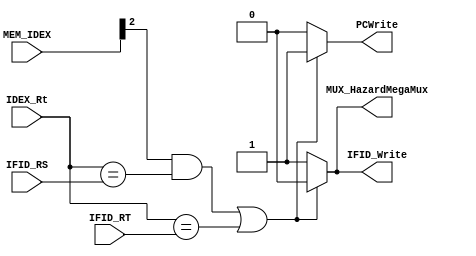
module HazardUnit

(

	input [2:0] MEM_IDEX,
	


	////Datos
	input [4:0]IFID_RT,
	input [4:0]IFID_RS,
	input [4:0]IDEX_Rt,
	
	//Salida
	
	//Datos
	
	//Control
	output reg MUX_HazardMegaMux,
	output reg IFID_Write,
	output reg PCWrite 
);

always @ (MEM_IDEX)
	begin 
		if (MEM_IDEX[2]== 1'b1 && IDEX_Rt == IFID_RS  || IDEX_Rt == IFID_RT )
			begin
				MUX_HazardMegaMux = 1'b0; 
				IFID_Write = 1'b0; 
				PCWrite = 1'b1; 
			end
			else
			begin
				MUX_HazardMegaMux = 1'b1;
				IFID_Write = 1'b1;
				PCWrite = 1'b0;
			end
	end

endmodule